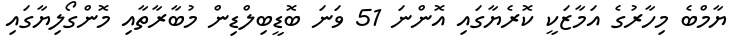
ޔާމްބެ މިހާރުގެ އަމާޒަކީ ކޮރެޔާގައި އޮންނަ 51 ވަނަ ބޮޑީބިލްޑިން މުބާރާތާއި މޮންގޯލިޔާގައި